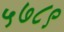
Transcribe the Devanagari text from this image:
५७८९